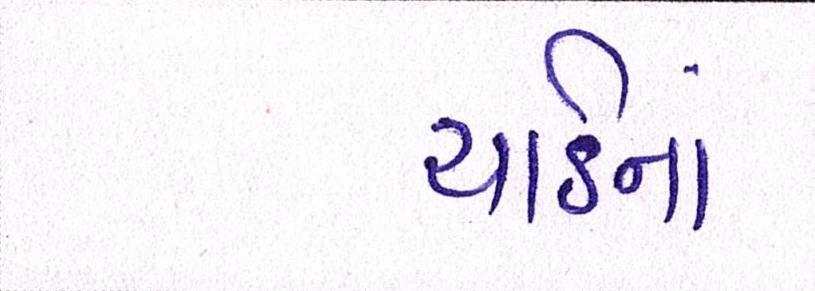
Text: યાર્ડનાં